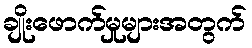
ချိုးဖောက်မှုများအတွက်